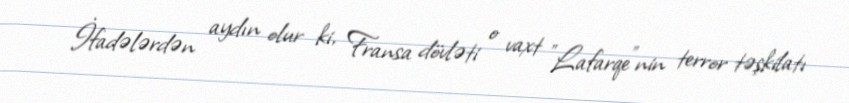
İfadələrdən aydın olur ki, Fransa dövləti o vaxt "Lafarqe"nin terror təşkilatı